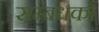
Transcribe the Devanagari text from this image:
सम्बंधकों